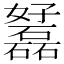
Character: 𡤟